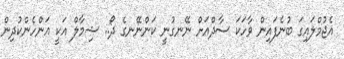
އެޖުމްލައިގަ ބުނެފައިން ވާހަކަ ސާދްއަށް ނޭނގުނީ ކަންނޭނގެ ދޯ.. ޝިމާލް އަކީ އަންހެންކުދިން